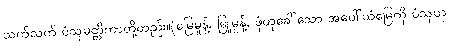
သက်သက် ပံသုမတ္တိကာတို့တည်း။(မြေမှုန့်, မြူမှုန့်, ဖုံဟုခေါ်သော အပေါ်ယံမြေကို ပံသုဟု